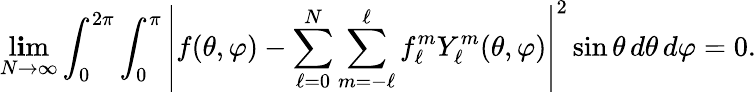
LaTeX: \operatorname*{l\mathbf{i}m}_{N\to\infty}\int_{0}^{2\pi}\int_{0}^{\pi}\left|f(\theta,\varphi)-\sum_{\ell=0}^{N}\sum_{m=-\ell}^{\ell}f_{\ell}^{m}Y_{\ell}^{m}(\theta,\varphi)\right|^{2}\sin\theta\, d\theta\, d\varphi=0.